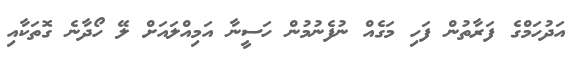
އަދުހަމްގެ ފަރާތުން ފަހި މަގެއް ނުފެނުމުން ހަސީނާ އަމިއްލައަށް ލޭ ހޯދާނެ ގޮތަކާއި